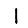
Digit: 1